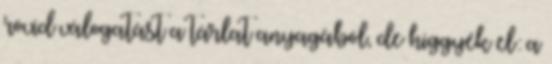
rövid válogatást a tárlat anyagából, de higgyék el: a